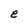
Character: e